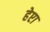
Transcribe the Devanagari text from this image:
हेप्टा